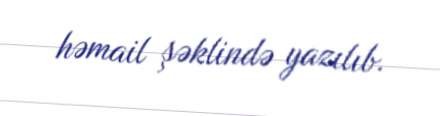
həmail şəklində yazılıb.